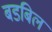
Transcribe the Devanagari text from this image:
बडबिल